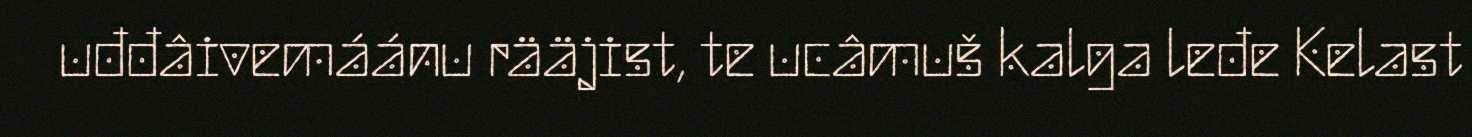
uđđâivemáánu rääjist, te ucâmuš kalga leđe Kelast